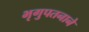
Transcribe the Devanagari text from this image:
भृगुपतनाने